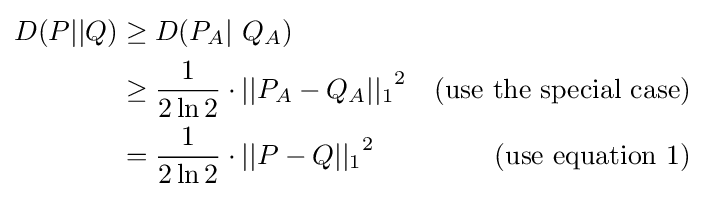
{\begin{aligned}D(P||Q)&\geq D(P_{A}|\ Q_{A})\\&\geq {\frac {1}{2\ln 2}}\cdot ||P_{A}-Q_{A}|{|_{1}}^{2}&{\text{(use the special case)}}\\&={\frac {1}{2\ln 2}}\cdot ||P-Q|{|_{1}}^{2}&{\text{(use equation 1)}}\end{aligned}}